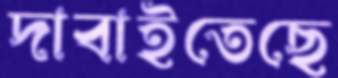
দাবাইতেছে